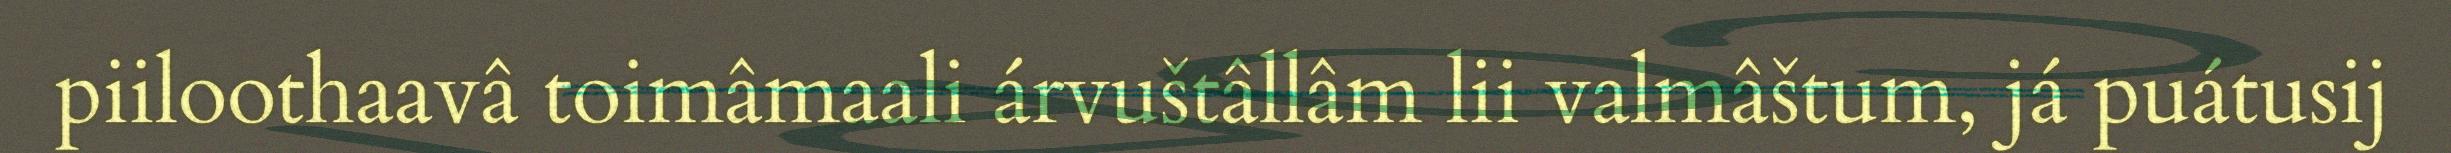
piiloothaavâ toimâmaali árvuštâllâm lii valmâštum, já puátusij